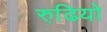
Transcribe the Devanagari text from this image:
रुढि़यो